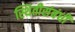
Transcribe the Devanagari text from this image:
स्थितीसंबंधी